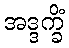
အဒ္ဒက္ခိံ